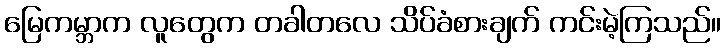
မြေကမ္ဘာက လူတွေက တခါတလေ သိပ်ခံစားချက် ကင်းမဲ့ကြသည်။